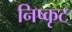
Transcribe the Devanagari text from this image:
निष्कृट